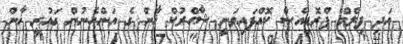
އަދި ފިލްމް ޕްރޮޑިއެސް ކޮއްފައިވަނީ ޝާޙްރުކް ޚާން ގެ އަންހެނުން ގައުރީ ޚާން